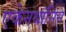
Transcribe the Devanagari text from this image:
एकेनथॉसिस